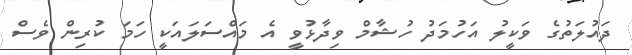
ދައުލަތުގެ ވަކީލު އަހުމަދު ހުޝާމް ވިދާޅުވީ އެ މައްސަލައަކީ ހަމަ ކުރިން ވެސް